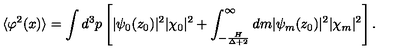
\langle \varphi ^ { 2 } ( x ) \rangle = \int d ^ { 3 } p \left[ | \psi _ { 0 } ( z _ { 0 } ) | ^ { 2 } | \chi _ { 0 } | ^ { 2 } + \int _ { - \frac { H } { \Delta + 2 } } ^ { \infty } d m | \psi _ { m } ( z _ { 0 } ) | ^ { 2 } | \chi _ { m } | ^ { 2 } \right] .